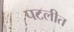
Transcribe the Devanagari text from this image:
पटलीत